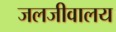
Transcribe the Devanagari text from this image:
जलजीवालय